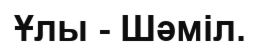
Ұлы - Шәміл.